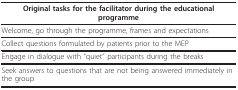
| Original tasks for the facilitator during the educational programme |
 | --- |
 | Welcome, go through the programme, frames and expectations |
 | Collect questions formulated by patients prior to the MEP |
 | Engage in dialogue with "quiet" participants during the breaks |
 | Seek answers to questions that are not being answered immediately in the group |